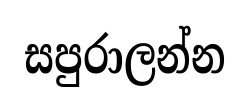
සපුරාලන්න